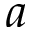
a